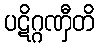
ပဋိဂ္ဂဏှီတိ